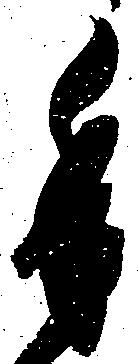
委